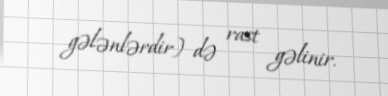
gələnlərdir) də rast gəlinir.